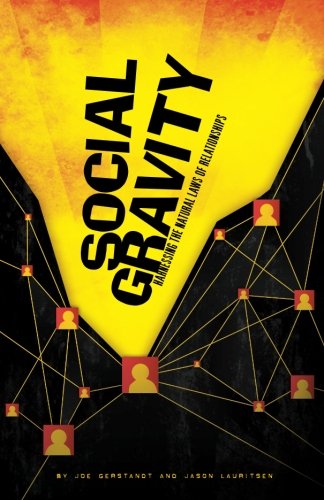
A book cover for Social Gravity: Harnessing the Natural Laws of Relationships; Jason Lauritsen; Law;